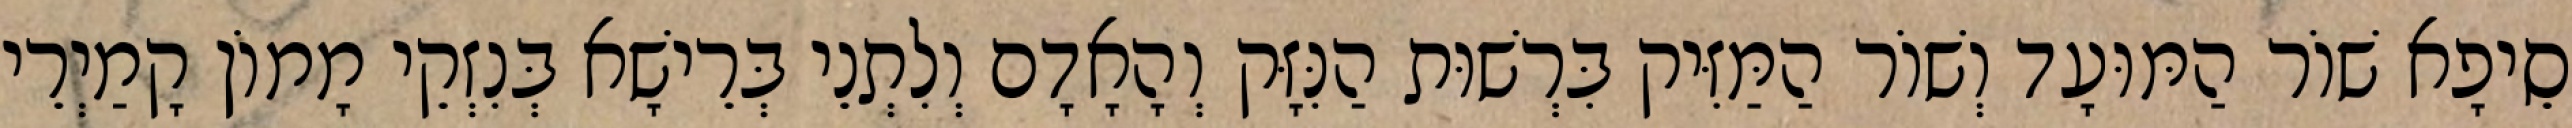
סֵיפָא שׁוֹר הַמּוּעָד וְשׁוֹר הַמַּזִּיק בִּרְשׁוּת הַנִּזָּק וְהָאָדָם וְלִתְנֵי בְּרֵישָׁא בְּנִזְקֵי מָמוֹן קָמַיְרֵי